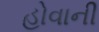
હોવાની